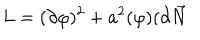
L = ( \partial \varphi ) ^ { 2 } + a ^ { 2 } ( \varphi ) ( \partial \overrightarrow { N }